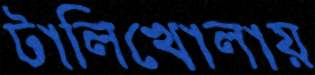
টালিখোলায়